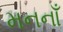
મનનાઁ